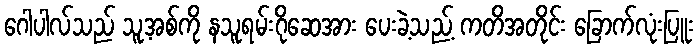
ဂေါပါလ်သည် သူ့အစ်ကို နသူရမ်းဂိုဆေအား ပေးခဲ့သည့် ကတိအတိုင်း ခြောက်လုံးပြူး